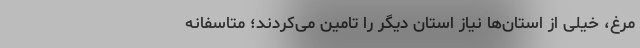
مرغ، خیلی از استان‌ها نیاز استان دیگر را تامین می‌کردند؛ متاسفانه